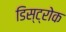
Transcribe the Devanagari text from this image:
डिस्ट्रोक